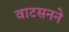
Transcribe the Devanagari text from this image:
वाटसनने